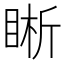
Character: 𥇦